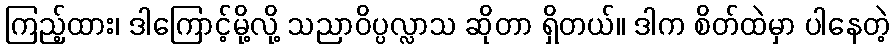
ကြည့်ထား၊ ဒါကြောင့်မို့လို့ သညာဝိပ္ပလ္လာသ ဆိုတာ ရှိတယ်။ ဒါက စိတ်ထဲမှာ ပါနေတဲ့